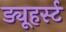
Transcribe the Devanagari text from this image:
ड्यूहर्स्ट